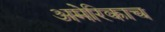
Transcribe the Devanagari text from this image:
अमेरिकाच